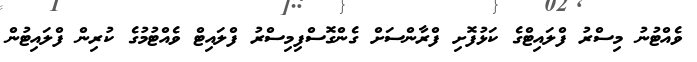
ވެއްޓުނު މިސްރު ފްލައިޓްގެ ކަޅުފޮށި ފްރާންސަށް ގެންގޮސްފިމިސްރު ފްލައިޓް ވެއްޓުމުގެ ކުރިން ފްލައިޓުން